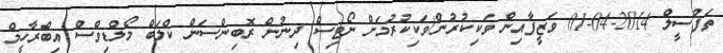
ތަފްސީލް 2014-04-01 ވަޒީފާއިން ވަކިކުރުން/ވަކިކުރުމަށް ނޯޓިސް ދިނުން ރޮބިންސަން ކްލަބް މޯލްޑިވްސް އިބްރާހީމް